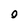
Character: 0